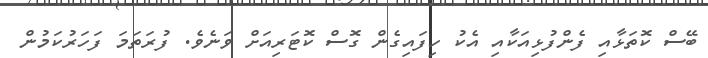
ބޭސް ކޮތަޅާއި ފެންފުޅިއަކާއި އެކު ހިފައިގެން ގޮސް ކޮޓަރިއަށް ވަނެވެ. ފުރަތަމަ ފަހަރުކަމުން